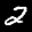
Label: 2